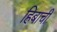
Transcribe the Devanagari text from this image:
हिबाची